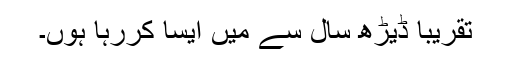
تقریباً ڈیڑھ سال سے میں ایسا کررہا ہوں۔